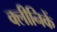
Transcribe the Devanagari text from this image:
क्लीनिकें